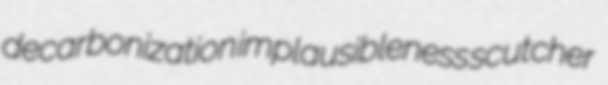
decarbonization implausibleness scutcher